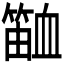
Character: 𬕫